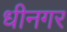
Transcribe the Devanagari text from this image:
धीनगर